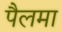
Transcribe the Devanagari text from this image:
पैलमा